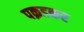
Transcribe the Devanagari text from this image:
पक़डकर